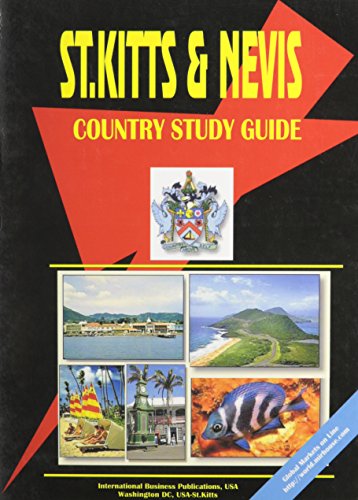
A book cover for Saint Kitts And Nevis Country Study Guide; Ibp Usa; Travel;